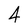
Character: 4